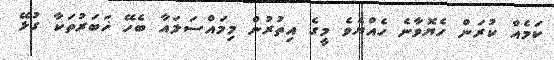
ކަމެއް ކުރަން ހެޔޮވާނެ ހެއްޔެވެ މީގެ އިތުރުން މިމައްސަލައާ ބެހޭ ޚަބަރުތަކާ ގުޅޭ